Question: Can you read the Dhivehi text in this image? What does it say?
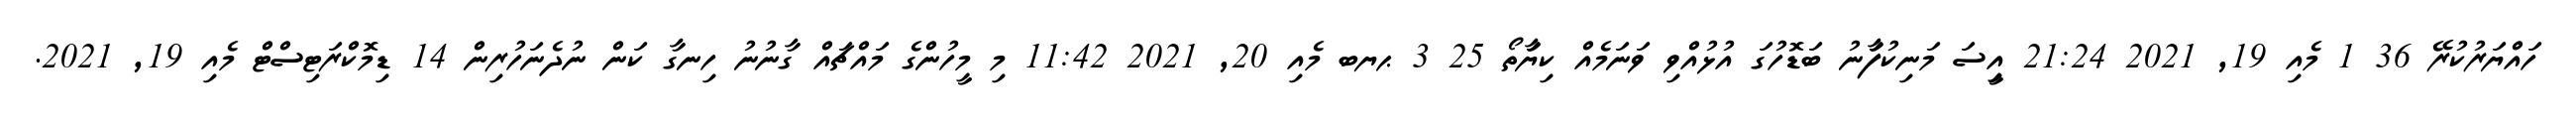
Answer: ހައްޔަރުކުރޭ 36 1 މެއި 19, 2021 21:24 އިީސަ މަނިކުފަާނު ބަޑޮހުގަ އުޅުއްވި ވަނަމެއް ކިޔަާތޯ 25 3 ޙޔބ މެއި 20, 2021 11:42 މި މީހުންގެ މައްޗައް ގާނުނު ހިނގާ ކަން ނުދެނަހުރިން 14 ޑިމޮކްރަޓިސްޓް މެއި 19, 2021.